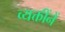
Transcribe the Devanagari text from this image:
व्यक्तींनें